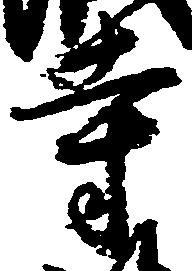
寺